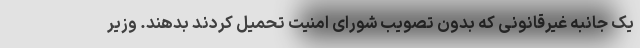
یک جانبه غیرقانونی که بدون تصویب شورای امنیت تحمیل کردند بدهند. وزیر